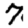
Digit: 7